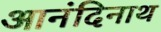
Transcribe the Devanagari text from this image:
आनंदिनाथ